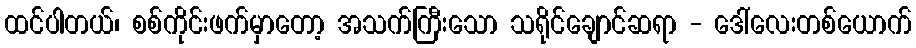
ထင်ပါတယ်၊ စစ်ကိုင်းဖက်မှာတော့ အသက်ကြီးသော သရိုင်ချောင်ဆရာ - ဒေါ်လေးတစ်ယောက်